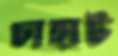
চাহাট